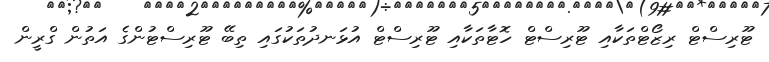
ޓޫރިސްޓް ރިޒޯޓްތަކާއި ޓޫރިސްޓް ހޮޓާތަކާއި ޓޫރިސްޓް އުޅަނދުތަކުގައި ތިބޭ ޓޫރިސްޓުންގެ އަތުން ގްރީން